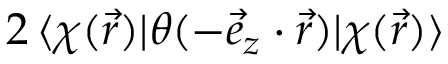
2 \, \langle \chi ( \vec { r } ) | \theta ( - \vec { e } _ { z } \cdot \vec { r } ) | \chi ( \vec { r } ) \rangle